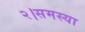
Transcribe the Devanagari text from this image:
२।समस्या